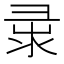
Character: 𢑘